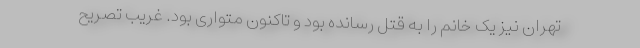
تهران نیز یک خانم را به قتل رسانده بود و تاکنون متواری بود. غریب تصریح